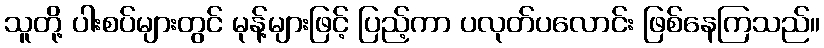
သူတို့ ပါးစပ်များတွင် မုန့်များဖြင့် ပြည့်ကာ ပလုတ်ပလောင်း ဖြစ်နေကြသည်။